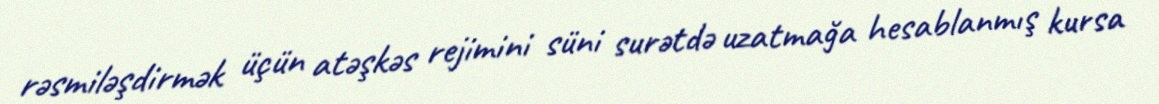
rəsmiləşdirmək üçün atəşkəs rejimini süni surətdə uzatmağa hesablanmış kursa